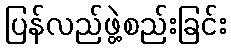
ပြန်လည်ဖွဲ့စည်းခြင်း